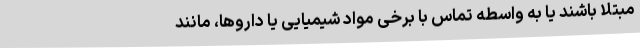
مبتلا باشند یا به واسطه تماس با برخی مواد شیمیایی یا داروها، مانند